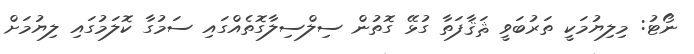
ނޯޓު: މިލިޔުމަކީ ތަރުބަވީ ޘަޤާފަތާ ގުޅޭ ގޮތުން ސިލްސިލާގޮތެއްގައި ސަމުގާ ކޮލަމުގައި ލިޔުމަށް